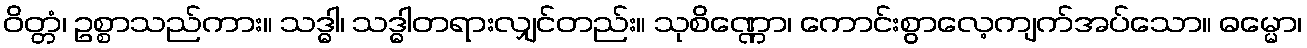
ဝိတ္တံ၊ ဥစ္စာသည်ကား။ သဒ္ဓါ၊ သဒ္ဓါတရားလျှင်တည်း။ သုစိဏ္ဏော၊ ကောင်းစွာလေ့ကျက်အပ်သော။ ဓမ္မော၊